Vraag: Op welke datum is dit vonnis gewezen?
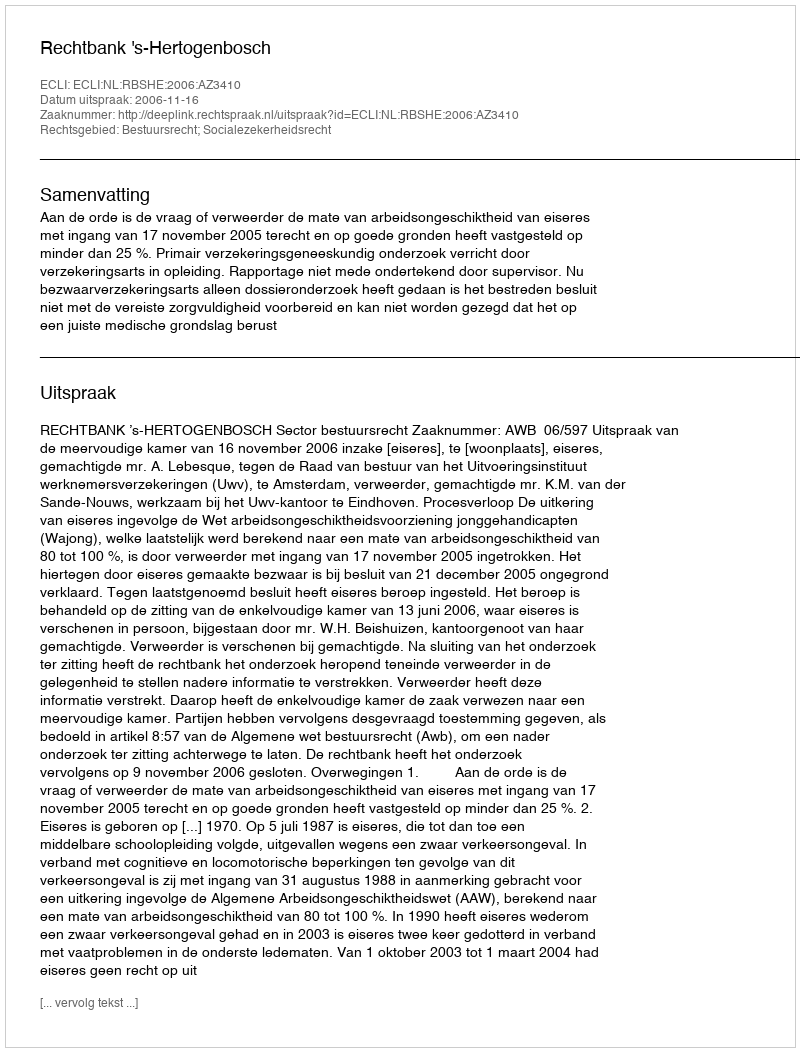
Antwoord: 2006-11-16